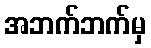
အဘက်ဘက်မှ